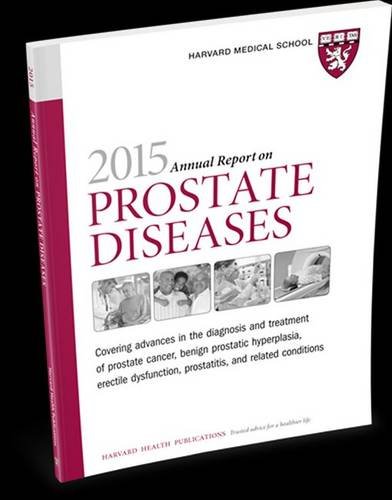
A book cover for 2015 Annual Report on Prostate Diseases (Harvard Medical School Special Health Reports); Marc B. Garnick; Health, Fitness & Dieting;